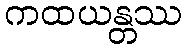
ကထယန္တဿ